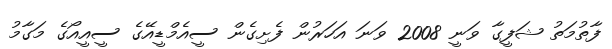
ފާތުމަތު ޝަފީގާ ވަނީ 2008 ވަނަ އަހަރުން ފެށިގެން ސީއެމްޑީއޭގެ ސީއީއޯގެ މަގާމު